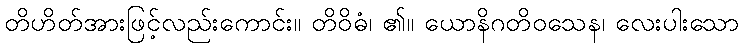
တိဟိတ်အားဖြင့်လည်းကောင်း။ တိဝိဓံ၊ ၏။ ယောနိဂတိဝသေန၊ လေးပါးသော